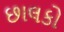
છાલકો